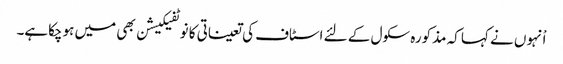
اْنہوں نے کہا کہ مذکورہ سکول کے لئے اسٹاف کی تعیناتی کا نوٹفیکیشن بھی میں ہوچکاہے۔